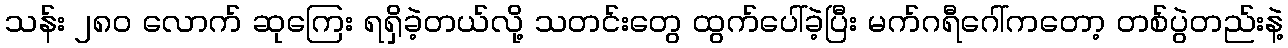
သန်း ၂၈၀ လောက် ဆုကြေး ရရှိခဲ့တယ်လို့ သတင်းတွေ ထွက်ပေါ်ခဲ့ပြီး မက်ဂရီဂေါ်ကတော့ တစ်ပွဲတည်းနဲ့